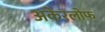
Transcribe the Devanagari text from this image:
अकेरलोफ